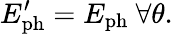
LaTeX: E_{\mathrm{ph}}^{\prime}=E_{\mathrm{ph}}\ \forall\theta.